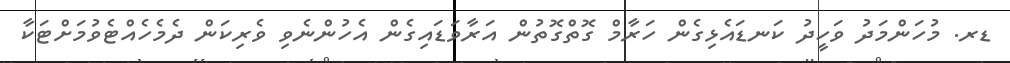
ޑރ. މުހަންމަދު ވަހީދު ކަނޑައެޅިގެން ހަރާމް ގޮތްގޮތުން އަރާވަޑައިގެން އެހުންނެވި ވެރިކަން ދެމެހެއްޓެވުމަށްޓަކާ